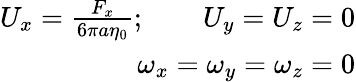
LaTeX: \begin{array}{r}{U_{x}=\frac{F_{x}}{6\pi a\eta_{0}};\qquad U_{y}=U_{z}=0}\\ {\omega_{x}=\omega_{y}=\omega_{z}=0}\end{array}